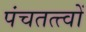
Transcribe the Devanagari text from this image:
पंचतत्त्वों